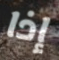
إذا